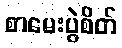
စာမေးပွဲစိတ်